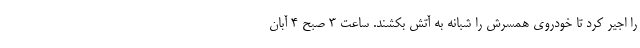
را اجیر کرد تا خودروی همسرش را شبانه به آتش بکشند. ساعت ۳ صبح ۴ آبان